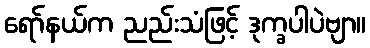
ရော်နယ်က ညည်းသံဖြင့် ဒုက္ခပါပဲဗျာ။